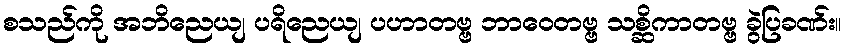
စသည်ကို အဘိညေယျ ပရိညေယျ ပဟာတဗ္ဗ ဘာဝေတဗ္ဗ သစ္ဆိကာတဗ္ဗ ခွဲပြခဏ်း။